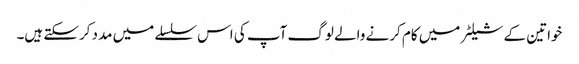
خواتین کے شیلٹر میں کام کرنے والے لوگ آپ کی اس سلسلے میں مدد کرسکتے ہیں۔